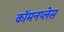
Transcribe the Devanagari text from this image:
कॉमनप्लेस